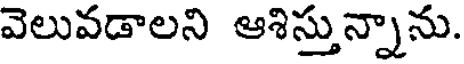
వెలువడాలని ఆశిస్తున్నాను.